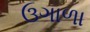
ઉગાળા